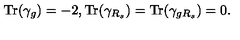
{ \mathrm { T r } } ( \gamma _ { g } ) = - 2 , { \mathrm { T r } } ( \gamma _ { R _ { s } } ) = { \mathrm { T r } } ( \gamma _ { g R _ { s } } ) = 0 .